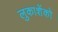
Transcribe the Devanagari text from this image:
लुकाशेंको